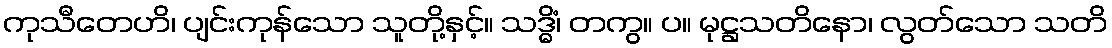
ကုသီတေဟိ၊ ပျင်းကုန်သော သူတို့နှင့်။ သဒ္ဓိံ၊ တကွ။ ပ။ မုဋ္ဌသတိနော၊ လွတ်သော သတိ